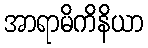
အာရာမိကိနိယာ